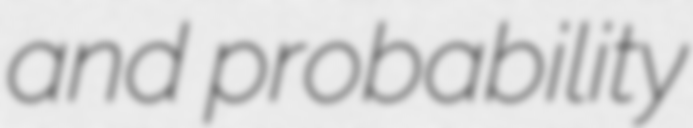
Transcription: and probability